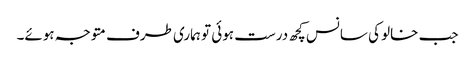
جب خالو کی سانس کچھ درست ہوئی تو ہماری طرف متوجہ ہوئے۔